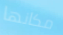
مكانها